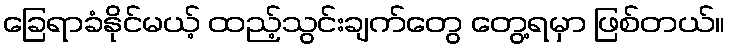
ခြေရာခံနိုင်မယ့် ထည့်သွင်းချက်တွေ တွေ့ရမှာ ဖြစ်တယ်။